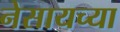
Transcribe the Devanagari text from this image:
नेसायच्या